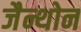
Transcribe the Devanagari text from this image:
जैन्थोन